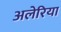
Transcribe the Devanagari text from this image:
अलेरिया